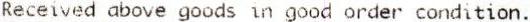
RECEIVED ABOVE GOODS IN GOOD ORDER CONDITION.